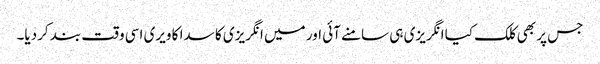
جس پر بھی کلک کیا انگریزی ہی سامنے آئی اور میں انگریزی کا سدا کا ویری اسی وقت بند کردیا۔